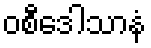
ဝစီဒေါသာနံ